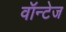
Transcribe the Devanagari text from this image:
वॉन्टेज